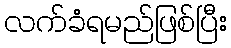
လက်ခံရမည်ဖြစ်ပြီး